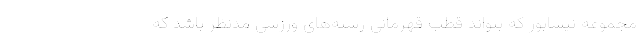
مجموعه نیشابور که بتواند قطب قهرمانی رشته‌های ورزشی مدنظر باشد که